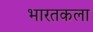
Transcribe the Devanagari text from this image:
भारतकला